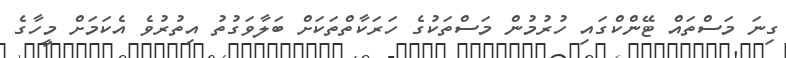
ގިނަ މަސްތައް ޓޭންކްގައި ހުރުމުން މަސްތަކުގެ ހަރަކާތްތަކަށް ބަލާވަގުތު އިތުުރުވެ އެކަމަށް މީހާގެ